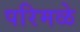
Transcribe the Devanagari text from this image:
परिमळे